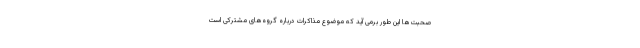
صحبت‌ها این طور برمی آید که موضوع مذاکرات درباره گروه‌های مشترکی است